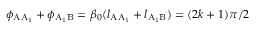
\phi _ { \mathrm { A A _ { 1 } } } + \phi _ { \mathrm { A _ { 1 } B } } = \beta _ { 0 } ( l _ { \mathrm { A A _ { 1 } } } + l _ { \mathrm { A _ { 1 } B } } ) = ( 2 k + 1 ) \pi / 2